King Institute of Preventive Medicine Bacteriolog. Section reports 1907-08
Year: 1907
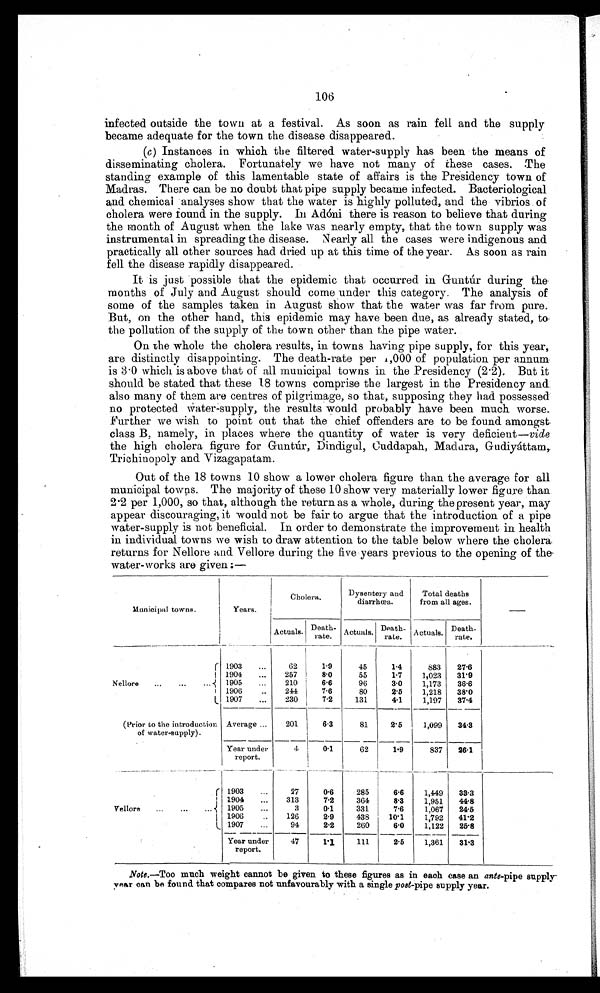
106
infected outside the town at a festival. As soon as rain fell and the supply
became adequate for the town the disease disappeared.
(c ) Instances in which the filtered water-supply has been the means of
disseminating cholera. Fortunately we have not many of these cases. The
standing example of this lamentable state of affairs is the Presidency town of
Madras. There can be no doubt that pipe supply became infected. Bacteriological
and chemical analyses show that the water is highly polluted, and the vibrios of
cholera were found in the supply. In Adóni there is reason to believe that during
the month of August when the lake was nearly empty, that the town supply was
instrumental in spreading the disease. Nearly all the cases were indigenous and
practically all other sources had dried up at this time of the year. As soon as rain
fell the disease rapidly disappeared.
It is just possible that the epidemic that occurred in Guntúr during the
months of July and August should come under this category. The analysis of
some of the samples taken in August show that the water was far from pure.
But, on the other hand, this epidemic may have been due, as already stated, to
the pollution of the supply of the town other than the pipe water.
On the whole the cholera results, in towns having pipe supply, for this year,
are distinctly disappointing. The death-rate per 1,000 of population per annum
is 3.0 which is above that of all municipal towns in the Presidency (2.2). But it
should be stated that these 18 towns comprise the largest in the Presidency and
also many of them are centres of pilgrimage, so that, supposing they had possessed
no protected Water-supply, the results would probably have been much worse.
Further we wish to point out that the chief offenders are to be found amongst
class B, namely, in places where the quantity of water is very deficient— vide
the high cholera figure for Guntúr, Dindigul, Cuddapah, Madura, Gudiyáttam,
Trichinopoly and Vizagapatam.
Out of the 18 towns 10 show a lower cholera figure than the average for all
municipal towns. The majority of these 10 show very materially lower figure than
2 . 2 p e r 1 , 0 0 0 , s o t h a t , a l t h o u g h t h e r e t u r n a s a w h o l e , d u r i n g t h e p r e s e n t y e a r , m a y
appear discouraging, it would not be fair to argue that the introduction of a pipe
water-supply is not beneficial. In order to demonstrate the improvement in health
in individual towns we wish to draw attention to the table below where the cholera
returns for Nellore and Vellore during the five years previous to the opening of the
water-works are given:—
Municipal towns.
Years.
Cholera.
Dysentery and
diarrhœa.
Total deaths
from all ages.
—
Actuals. Death-
rate. Actuals. Death-
rate. Actuals. Death-
rate.
Nellore . . .
. . .
. . . 1903 ...
62
1 . 9
45
1.4
883 27.6
1904 ...
257
8.0
55
1.7
1,023 31.9
1905 ...
210
6.6
96
3.0
1,173 36.6
1906
..
244
7.6
80
2.5
1,218 38.0
1907 ...
230
7.2
131
4.1
1,197 37.4
(Prior to the introduction
of water-supply).
Average ...
201
6.3
81
2.5
1,099 34.3
Year under
report.
4
0.1
62
1.9
837 26.1
Vellore ...
... ...
1903 ...
27
0.6
285
6.6
1,449 33.3
1904 ...
313
7.2
364
8 . 3
1,951 44.8
1905 ...
3
0.1
331
7.6
1,067 24.5
1906
..
126
2.9
438
10.1
1,792 41.2
1907 ...
94
2.2
260
6.0
1,122 25.8
Year under
report.
47
1.1
111
2.5 1,361 31.3
Note .—Too much weight cannot be given to these figures as in each case an ante-pipe supply-
year can be found that compares not unfavourably with a single pot-pipe supply year.